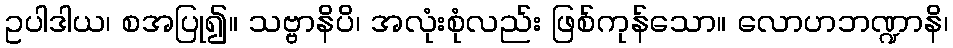
ဥပါဒါယ၊ စအပြု၍။ သဗ္ဗာနိပိ၊ အလုံးစုံလည်း ဖြစ်ကုန်သော။ လောဟဘဏ္ဍာနိ၊